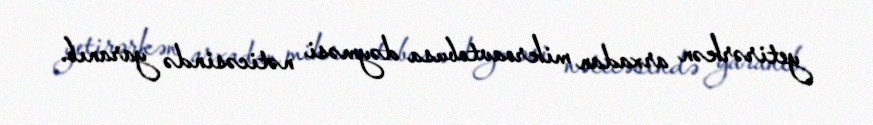
yetirərkən arxadan mikroavtobusa dəyməsi nəticəsində yaranıb.